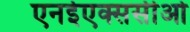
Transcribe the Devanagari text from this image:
एनईएक्ससीओ